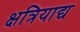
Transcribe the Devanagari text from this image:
क्षत्रियाद्य